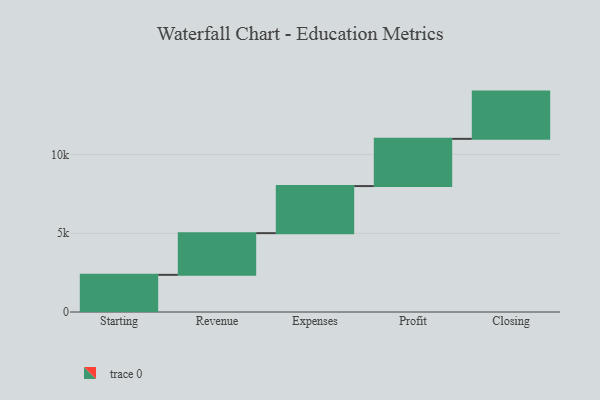
{"axis": {"x": "Step", "y": "Value"}, "legend": [""], "data": [{"x": "Starting", "y": 2360.0, "type": ""}, {"x": "Revenue", "y": 2648.0, "type": ""}, {"x": "Expenses", "y": 2989.0, "type": ""}, {"x": "Profit", "y": 3000, "type": ""}, {"x": "Closing", "y": 3000, "type": ""}]}